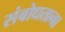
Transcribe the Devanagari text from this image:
संबोधताना